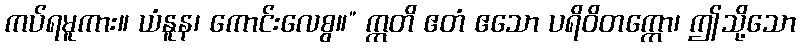
ကပ်ရမူကား။ ယံနူန၊ ကောင်းလေစွ။” ဣတိ ဧတံ ဧသော ပရိဝိတက္ကော၊ ဤသို့သော